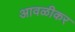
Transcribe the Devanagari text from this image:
आवळीकर